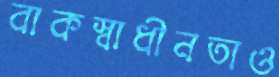
বাকস্বাধীনতাও